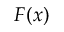
F ( x )